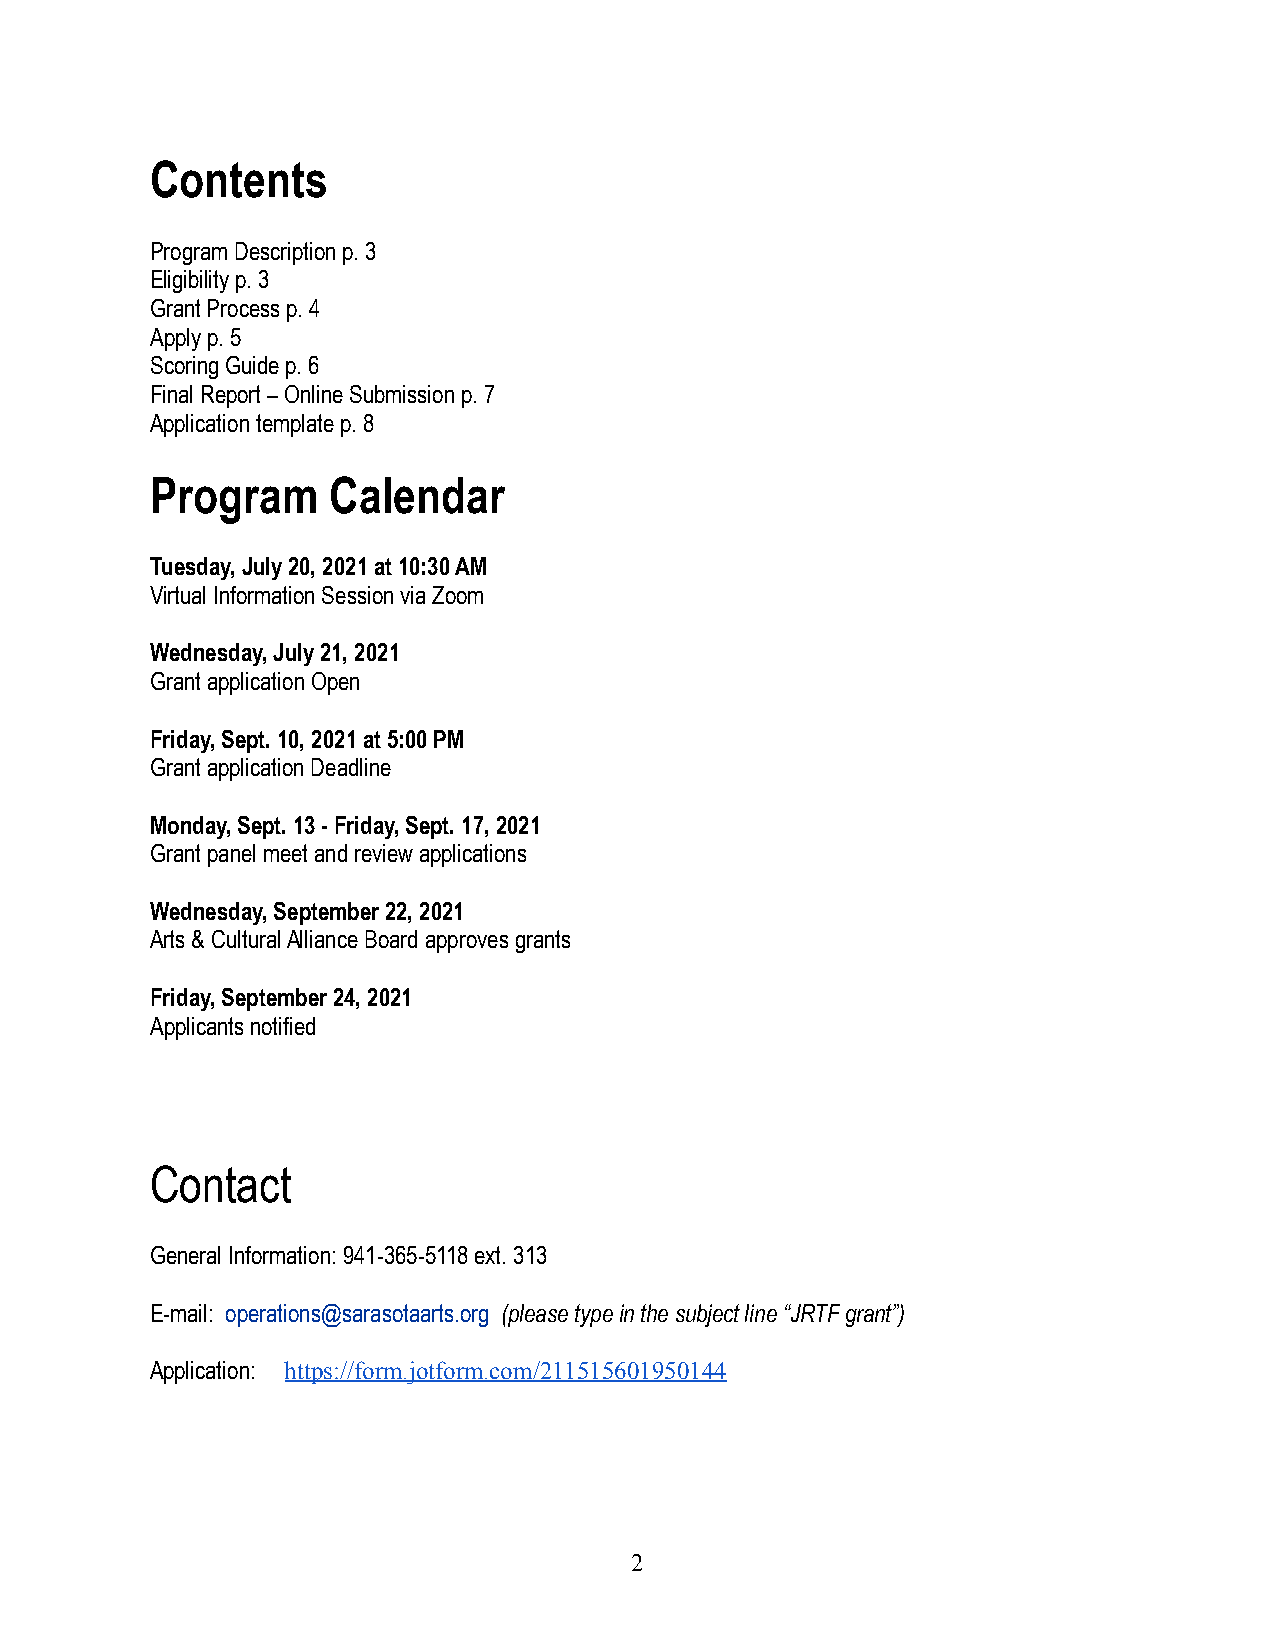
Contents
 Program Description p. 3
 Eligibility p. 3
 Grant Process p. 4
 Apply p. 5
 Scoring Guide p. 6
 Final Report – Online Submission p. 7
 Application template p. 8
 Program     Calendar
 Tuesday, July 20, 2021 at 10:30 AM
 Virtual Information Session via Zoom
 Wednesday, July 21, 2021
 Grant application Open
 Friday, Sept. 10, 2021 at 5:00 PM
 Grant application Deadline
 Monday, Sept. 13 - Friday, Sept. 17, 2021
 Grant panel meet and review applications
 Wednesday, September 22, 2021
 Arts & Cultural Alliance Board approves grants
 Friday, September 24, 2021
 Applicants notified
 Contact
 General Information: 941-365-5118 ext. 313
 E-mail: operations@sarasotaarts.org (please typein the subject line “JRTF grant”)
 Application: https://form.jotform.com/211515601950144
 2